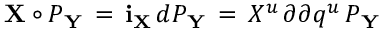
{ \bf X } \circ { \cal P } _ { \bf Y } \, = \, { \bf i } _ { \bf X } \, d { \cal P } _ { \bf Y } \, = \, X ^ { u } \, { \o { \partial } { \partial q ^ { u } } } \, { \cal P } _ { \bf Y } \,